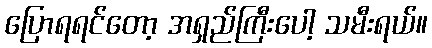
ပြောရရင်တော့ အရှည်ကြီးပေါ့ သမီးရယ်။